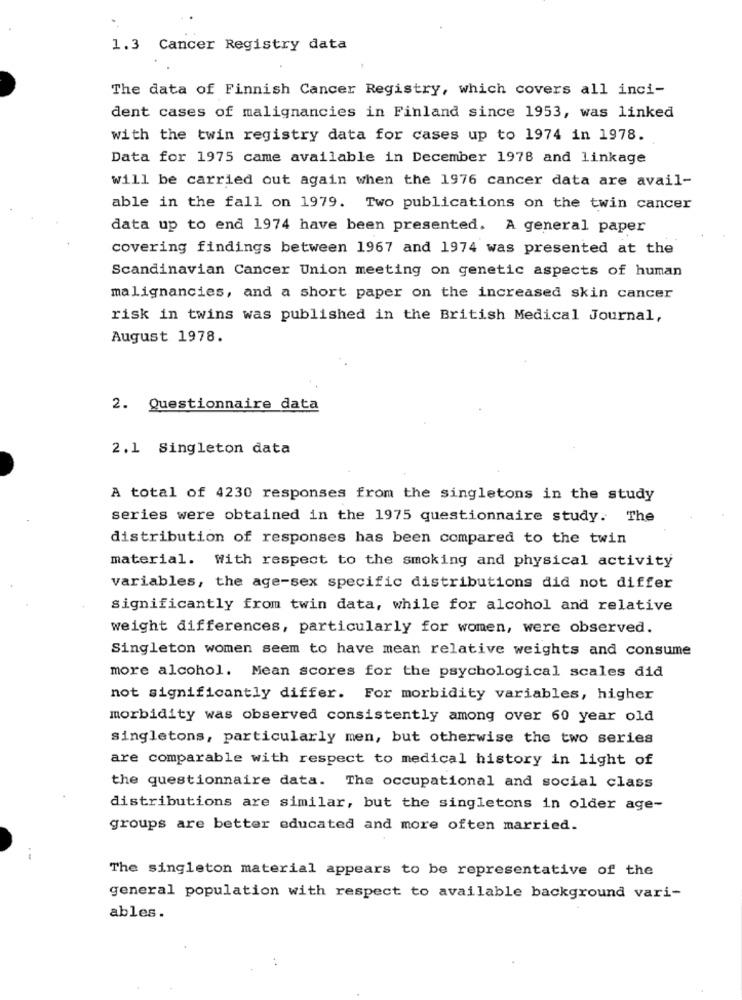
1.3 Cancer Registry data
The data of Finnish Cancer Registry, which covers all inci-
dent cases of malignancies in Finland since 1953, was linked
with the twin registry data for cases up to 1974 in 1978.
Data for 1975 came available in December 1978 and linkage
will be carried out again when the 1976 cancer data are avail-
able in the fall on 1979. Two publications on the twin cancer
data up to end 1974 have been presented. A general paper
covering findings between 1967 and 1974 was presented at the
Scandinavian Cancer Union meeting on genetic aspects of human
malignancies, and a short paper on the increased skin cancer
risk in twins was published in the British Medical Journal,
August 1978.
2. Questionnaire data
2.1 Singleton data
A total of 4230 responses from the singletons in the study
series were obtained in the 1975 questionnaire study. The
distribution of responses has been compared to the twin
material. With respect to the smoking and physical activity
variables, the age-sex specific distributions did not differ
significantly from twin data, while for alcohol and relative
weight differences, particularly for women, were observed.
Singleton women seem to have mean relative weights and consume
more alcohol. Mean scores for the psychological scales did
not significantly differ. For morbidity variables, higher
morbidity was observed consistently among over 60 year old
singletons, particularly men, but otherwise the two series
are comparable with respect to medical history in light of
the questionnaire data. The occupational and social class
distributions are similar, but the singletons in older age-
groups are better educated and more often married.
--
The singleton material appears to be representative of the
general population with respect to available background vari-
ables.